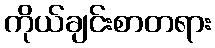
ကိုယ်ချင်းစာတရား